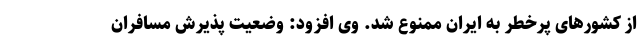
از کشورهای پرخطر به ایران ممنوع شد. وی افزود: وضعیت پذیرش مسافران